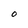
Character: 0